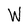
Character: W